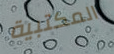
المكتبية